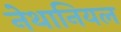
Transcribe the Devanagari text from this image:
नेथानियल